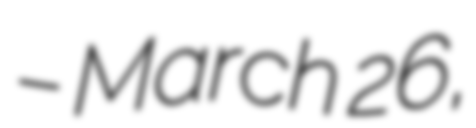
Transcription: – March 26,